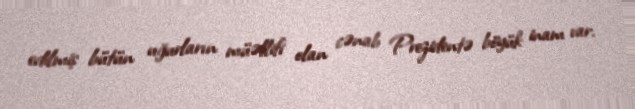
edilmiş bütün uğurların müəllifi olan cənab Prezidentə böyük inam var.